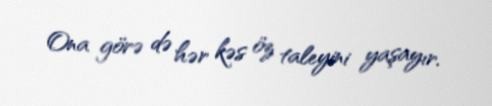
Ona görə də hər kəs öz taleyini yaşayır.